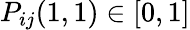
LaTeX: P_{ij}(1,1)\in[0,1]